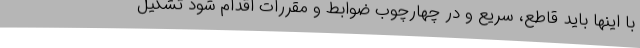
با اینها باید قاطع، سریع و در چهارچوب ضوابط و مقررات اقدام شود تشکیل